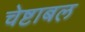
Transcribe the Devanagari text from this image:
चेष्टाबल